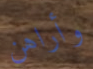
وأراهن